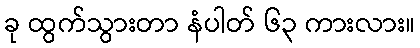
ခု ထွက်သွားတာ နံပါတ် ၆၃ ကားလား။